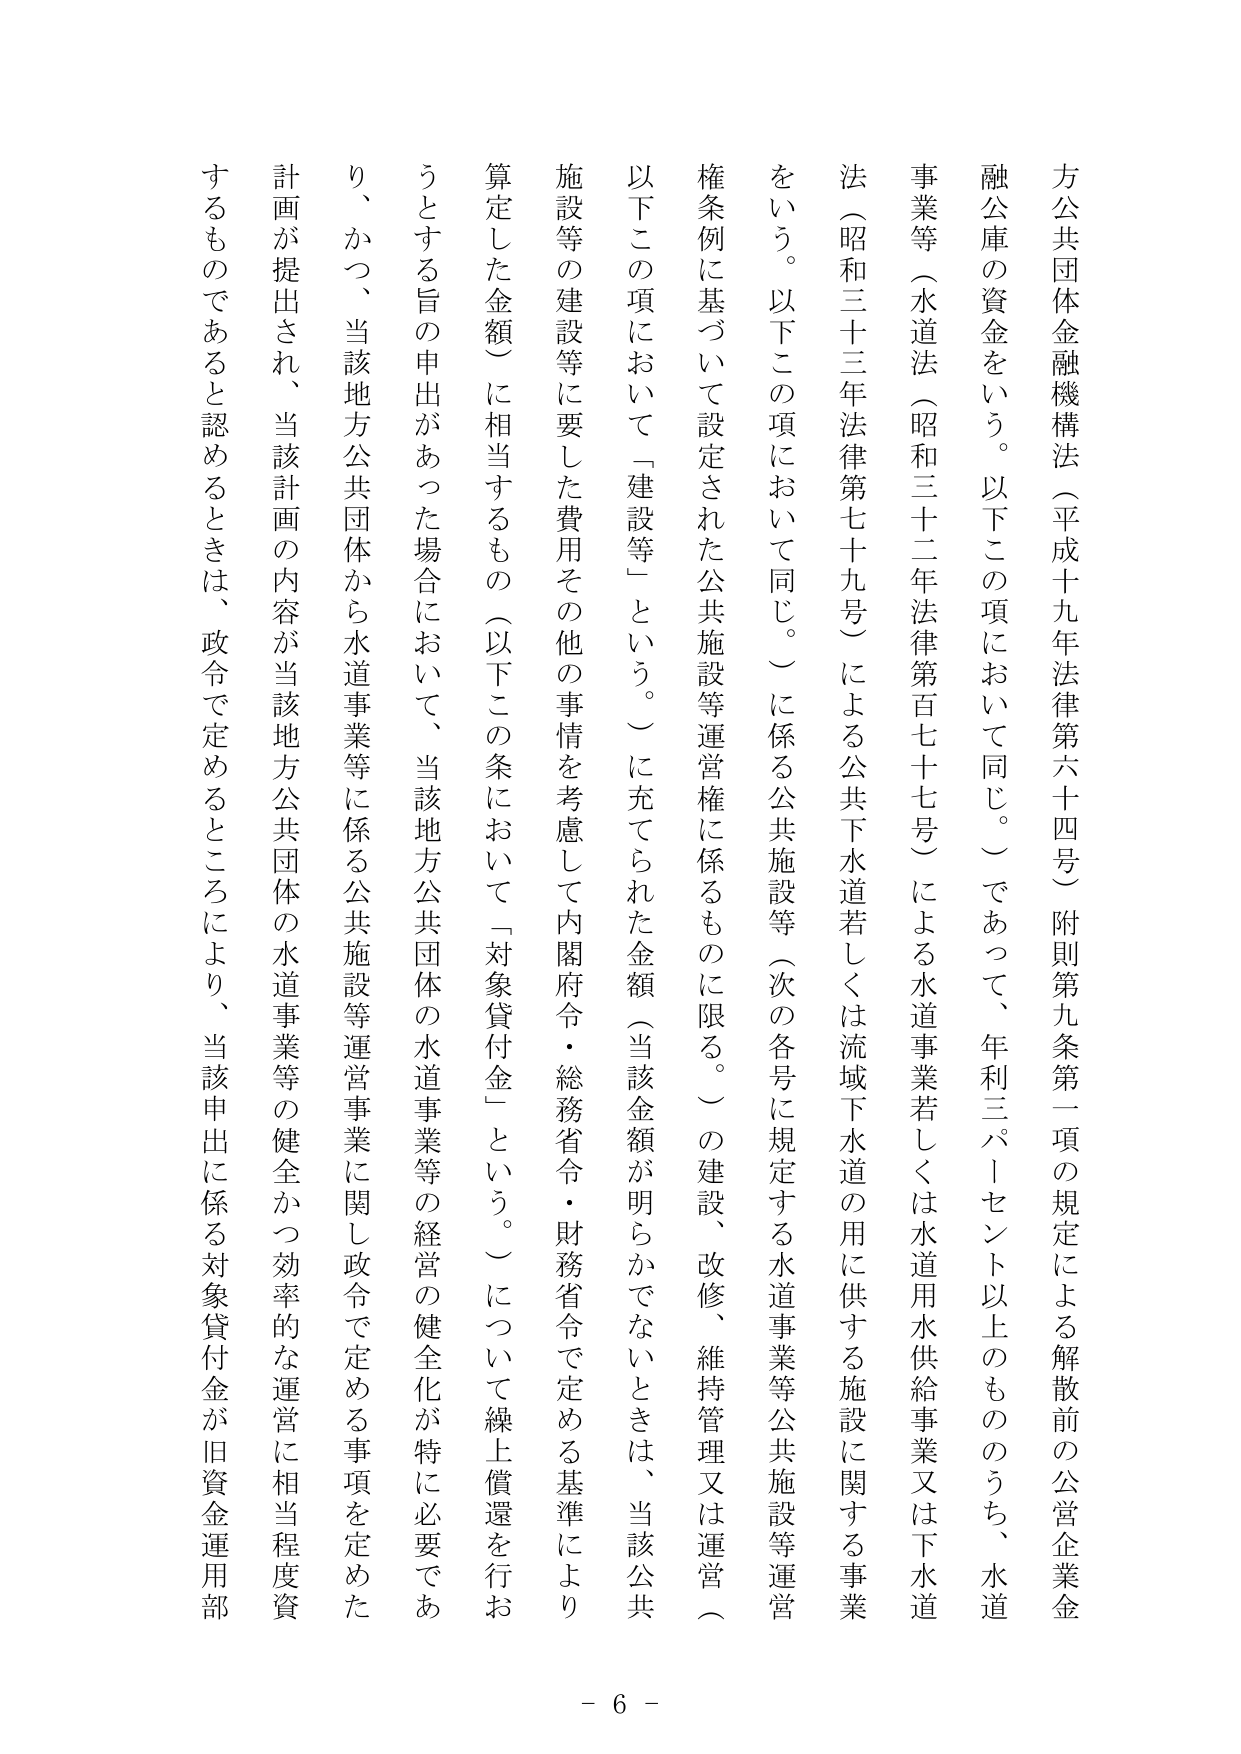
方公共団体金融機構法（平成十九年法律第六十四号）附則第九条第一項の規定による解散前の公営企業金融公庫の資金をいう。以下この項において同じ。）であって、年利三パーセント以上のもの のうち、水道事業等（水道法（昭和三十二年法律第百七十七号）による水道事業若しくは水道用水供給事業又は下水道法（昭和三十三年法律第七十九号）による公共下水道若しくは流域下水道の用に供する施設に関する事業をいう。以下この項において同じ。）に係る公共施設等（次の各号に規定する水道事業等公共施設等運営権条例に基づいて設定された公共施設等運営権に係るものに限る。）の建設、改修、維持管理又は運営（以下この項において「建設等」という。）に充てられた金額（当該金額が明らかでないときは、当該公共施設等の建設等に要した費用その他の事情を考慮して内閣府令・総務省令・財務省令で定める基準により算定した金額）に相当するもの（以下この条において「対象貸付金」という。）について繰上償還を行おうとする旨の申出があった場合において、当該地方公共団体の水道事業等の経営の健全化が特に必要であり、かつ、当該地方公共団体から水道事業等に係る公共施設等運営事業に関し政令で定める事項を定めた計画が提出され、当該計画の内容が当該地方公共団体の水道事業等の健全かつ効率的な運営に相当程度資するものであると認めるときは、政令で定めるところにより、当該申出に係る対象貸付金が旧資金運用部

- 6 -